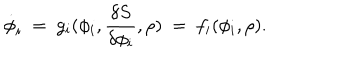
\dot { \phi } _ { i } ~ = ~ g _ { i } ( \phi _ { i } , { \frac { \delta S } { \delta \phi _ { i } } } , \rho ) ~ = ~ f _ { i } ( \phi _ { i } , \rho ) .